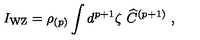
I _ { \mathrm { W Z } } = \rho _ { ( p ) } \int d ^ { p + 1 } \zeta \ { \widehat C } ^ { ( p + 1 ) } \ ,